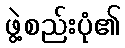
ဖွဲ့စည်းပုံ၏